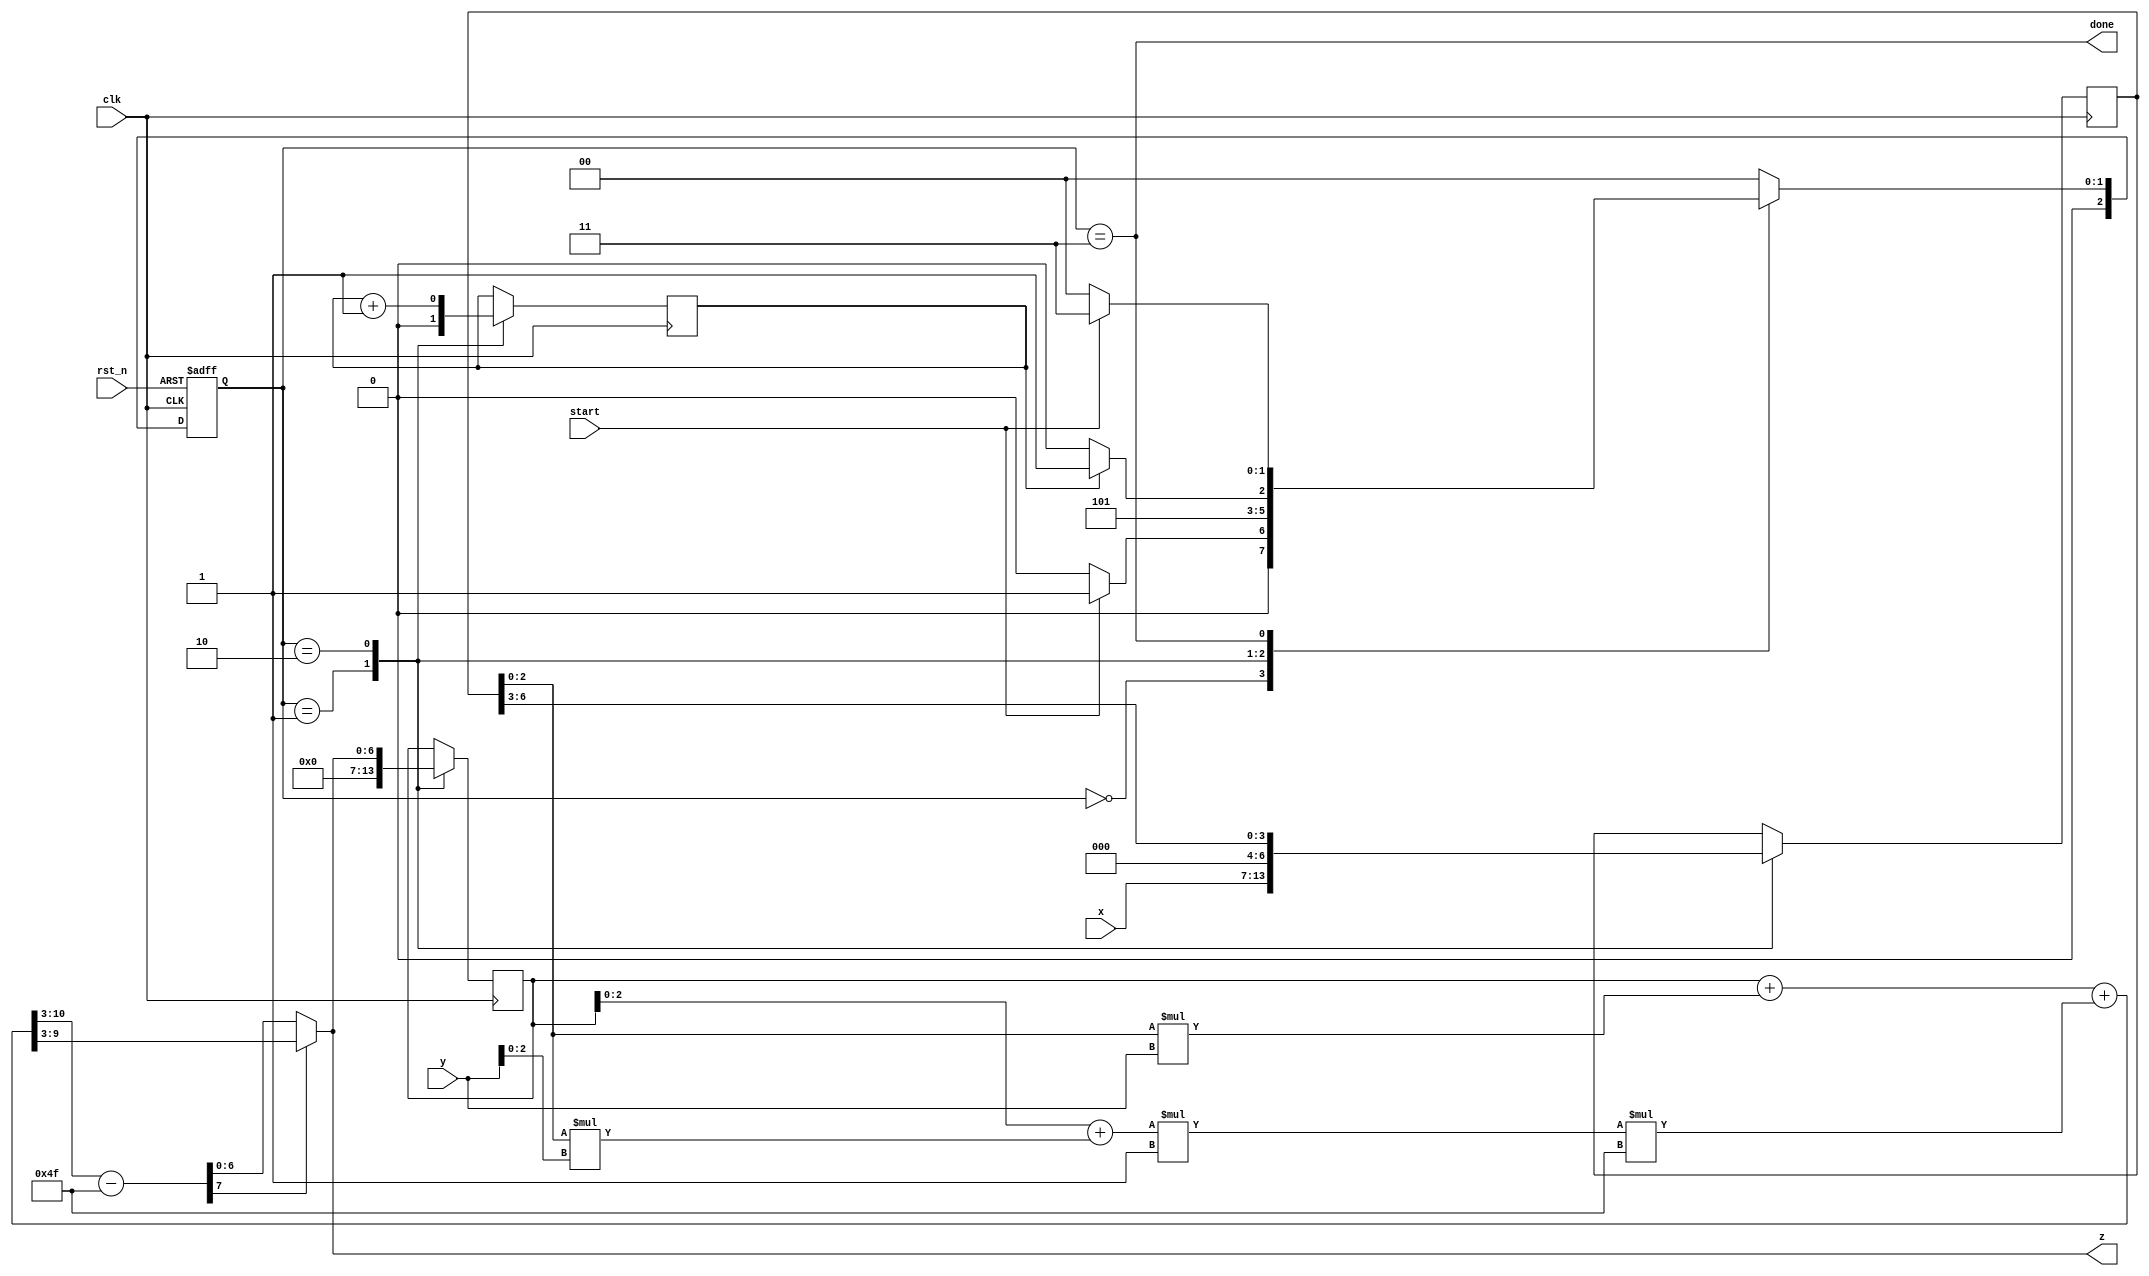
module mont (
        input [n_bit-1 : 0] x,
        input [n_bit-1 : 0] y,
        input clk,
        input rst_n,
        input start,
        output [n_bit-1 : 0] z,
        output done
    );

    // ---------------------------------- 代码说明start ----------------------------------
    // 实现功能: z = mont(x,y) = x * y * R' mod n;
    // z的值在done为高电平时有效
    // 说明: R是大于N的r的最小次幂, R'是R关于模n的逆
    // 实现8进制蒙哥马利，8可以改为16，32..
    // 参数说明:
    //     需要设置四个参数:n, n_bit, logr, p
    //     n是模
    //     n_bit是n的位数
    //     logr是2的几次方的进制的蒙哥马利, 如果r是8, 也就是使用8进制的蒙哥马力, 则使用logr = log2(8) = 3
    //     p = r - n[0]', n[0]是n%r, n[0]'是n[0]关于模r的逆
    // 以下举几个例子:
    // 若n = 7'd79, r = 8, n_bit = 7, logr = 3, n[0] = 79 % 8 = 7, 7关于模8的模逆是7， p = 8 - 7 = 1;
    // 若n = 7'd79, r = 16, n_bit = 7, logr = 4, n[0] = 79 % 16 = 15, 15关于模16的模逆是15， p = 16 - 15 = 1;
    // 若n = 7'd79, r = 32, n_bit = 7, logr = 5, n[0] = 79 % 32 = 15, 15关于模32的模逆是15， p = 32 - 15 = 17;
    // 伪代码如下：
    // mont(x,y){
    //     p = r - n[0]';
    //     s = 0;
    //     for ( i = 0; i < m; i++ ){
    //         q1 = ( ( s[0] + x[i] * y[0] ) * p );
    //         q2 = q1 mod r;
    //         s1 = s + x[i] * y + q2 * n;
    //         s2 = s1 / r;
    //         if ( s2 - n >= 0 ){
    //             next_s = s2 - n;
    //         } else{
    //             next_s = s2;
    //         }
    //         s = next_s;
    //     }
    //     return s;
    // }
    // ---------------------------------- 代码说明end ------------------------------------


    // ---------------------------------- 实现功能 ----------------------------------
    // 外参设置
    // -----------------------------------------------------------------------------
    parameter n = 7'd79;
    parameter n_bit = 7;
    parameter logr = 3;
    parameter p = 3'd1;

    // ---------------------------------- 实现功能 ----------------------------------
    // 内参设置
    // -----------------------------------------------------------------------------
    localparam update_num = n_bit / logr + (n_bit % logr != 0);
    localparam count_stop_flag = update_num - 2;
    localparam count_bit = count_stop_flag < 2 ? 1 :
               count_stop_flag < 4 ? 2 :
               count_stop_flag < 8 ? 3 :
               count_stop_flag < 16 ? 4 :
               count_stop_flag < 32 ? 5 :
               count_stop_flag < 64 ? 6 :
               count_stop_flag < 128 ? 7 :
               count_stop_flag < 256 ? 8 :
               count_stop_flag < 512 ? 9 :
               count_stop_flag < 1024 ? 10 :
               count_stop_flag < 2048 ? 11 : 12 ;

    // ---------------------------------- 实现功能 ----------------------------------
    // 循环肯定需要count来计数
    // count_i 相当于代码中的i
    // 判断count_i的值来停止循环
    // -----------------------------------------------------------------------------
    reg [count_bit-1 : 0] count_i;

    // ---------------------------------- 实现功能 ----------------------------------
    // 得到xi
    // -----------------------------------------------------------------------------
    reg [n_bit-1 : 0] reg_x;
    wire [logr-1 : 0] xi;
    assign xi = reg_x[logr-1 : 0];

    // -------------------------------实现功能----------------------------------
    // 最终目标: 得到next_s
    // q1的位数计算：
    //      q1 = ( ( s[0] + x[i] * y[0] ) * p );
    //      (logr位的数 + logr位的数 * logr位的数) * logr位的数 => 3logr+1
    // s1的位数计算:
    //      s1 = s + x[i] * y + q2 * n;
    //      倒推法： s2 = s1 /r, 又由于s2 < 2n, 所以s2最多nbit+1位， s1最多nbit+1+logr位，即n_bit+logr+1位
    // s1的位数计算:
    //      s1 = s + x[i] * y + q2 * n;
    //      倒推法： s2 = s1 /r, 又由于s2 < 2n, 所以s2最多nbit+1位， s1最多nbit+1+logr位，即n_bit+logr+1位
    // s2_minus_n的位数计算：
    //      0 <= s2 < 2n, 所以-n <= s2-n < n, 即s2_minus_n的位数只需要n的位数+1，即n_bit+1，最高位是符号位
    // ------------------------------------------------------------------------
    reg [n_bit-1 : 0] s;
    wire [logr-1 : 0] s_zero, y_zero;
    assign s_zero = s[logr-1 : 0];
    assign y_zero = y[logr-1 : 0];

    wire [3*logr : 0] q1;
    wire [logr-1 : 0] q2;
    assign q1 = (s_zero + xi * y_zero) * p;
    assign q2 = q1[logr-1 : 0];

    wire [n_bit+logr : 0] s1;
    wire [n_bit : 0] s2;
    assign s1 = s + xi * y + q2 * n;
    assign s2 = s1 >> logr;

    wire [n_bit : 0] s2_minus_n;
    wire [n_bit-1 : 0] next_s;
    assign s2_minus_n = s2 - n;
    assign next_s = s2_minus_n[n_bit] ? s2[n_bit-1 : 0] : s2_minus_n[n_bit-1 : 0];
    assign z = next_s;

    // ---------------------------------- 实现功能 ----------------------------------
    // FSM
    // LOAD: 计数器归零，x寄存，s赋0
    // UPDATE: 计数器自加1， reg_x右移logr位，s更新
    // -----------------------------------------------------------------------------
    // FSM相关参数
    localparam IDLE = 3'd0, LOAD = 3'd1, UPDATE = 3'd2, ENDING = 3'd3;
    reg [2:0] current_state, next_state;

    wire done;
    assign done = current_state == ENDING;

    // FSM-1
    always @(posedge clk, negedge rst_n) begin
        if (~rst_n) begin
            current_state <= IDLE;
        end
        else begin
            current_state <= next_state;
        end
    end

    // FSM-2
    always @(*) begin
        case (current_state)
            IDLE: begin
                next_state = start ? LOAD : IDLE;
            end
            LOAD: begin
                next_state = UPDATE;
            end
            UPDATE: begin
                next_state = count_i == count_stop_flag ? ENDING : UPDATE;
            end
            ENDING: begin
                next_state = start ? ENDING : IDLE;
            end
            default: begin
                next_state = IDLE;
            end
        endcase
    end

    // FSM-3
    always @(posedge clk) begin
        case (current_state)
            LOAD: begin
                count_i <= 'b0;
                reg_x <= x;
                s <= 'b0;
            end

            UPDATE: begin
                count_i <= count_i + 1;
                reg_x <= (reg_x >> logr);
                s <= next_s;
            end
        endcase
    end

endmodule